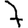
Digit: 7